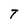
Character: T